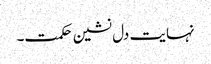
نہایت دل نشین حکمت۔